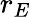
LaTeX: r_{E}